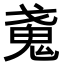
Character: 𢧩